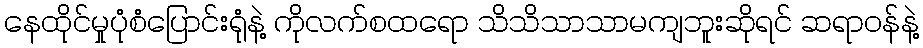
နေထိုင်မှုပုံစံပြောင်းရုံနဲ့ ကိုလက်စထရော သိသိသာသာမကျဘူးဆိုရင် ဆရာဝန်နဲ့